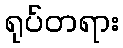
ရုပ်တရား